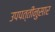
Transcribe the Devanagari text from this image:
उपपत्तीनुसार